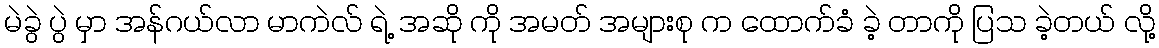
မဲခွဲ ပွဲ မှာ အန်ဂယ်လာ မာကဲလ် ရဲ့ အဆို ကို အမတ် အများစု က ထောက်ခံ ခဲ့ တာကို ပြသ ခဲ့တယ် လို့